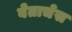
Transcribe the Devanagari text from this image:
बेताचेस